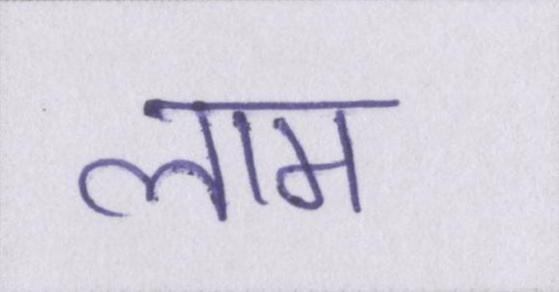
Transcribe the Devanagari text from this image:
लाम